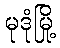
မုဒုံမြို့